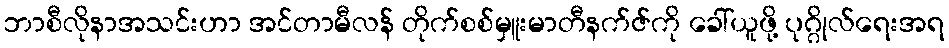
ဘာစီလိုနာအသင်းဟာ အင်တာမီလန် တိုက်စစ်မှူးမာတီနက်ဇ်ကို ခေါ်ယူဖို့ ပုဂ္ဂိုလ်ရေးအရ